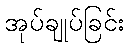
အုပ်ချုပ်ခြင်း